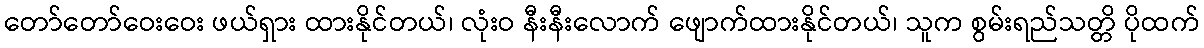
တော်တော်ဝေးဝေး ဖယ်ရှား ထားနိုင်တယ်၊ လုံးဝ နီးနီးလောက် ဖျောက်ထားနိုင်တယ်၊ သူက စွမ်းရည်သတ္တိ ပိုထက်